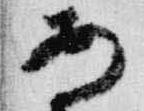
安